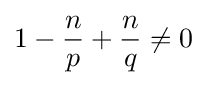
1-{\frac {n}{p}}+{\frac {n}{q}}\neq 0